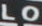
LO